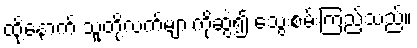
ထို့နောက် သူတို့လက်များကိုဆွဲ၍ သွေးစမ်းကြည့်သည်။